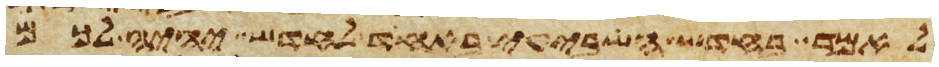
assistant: לאמר בחדש השביעי באחד לחדש יהיה לכם